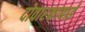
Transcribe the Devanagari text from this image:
दोवारकाबाई